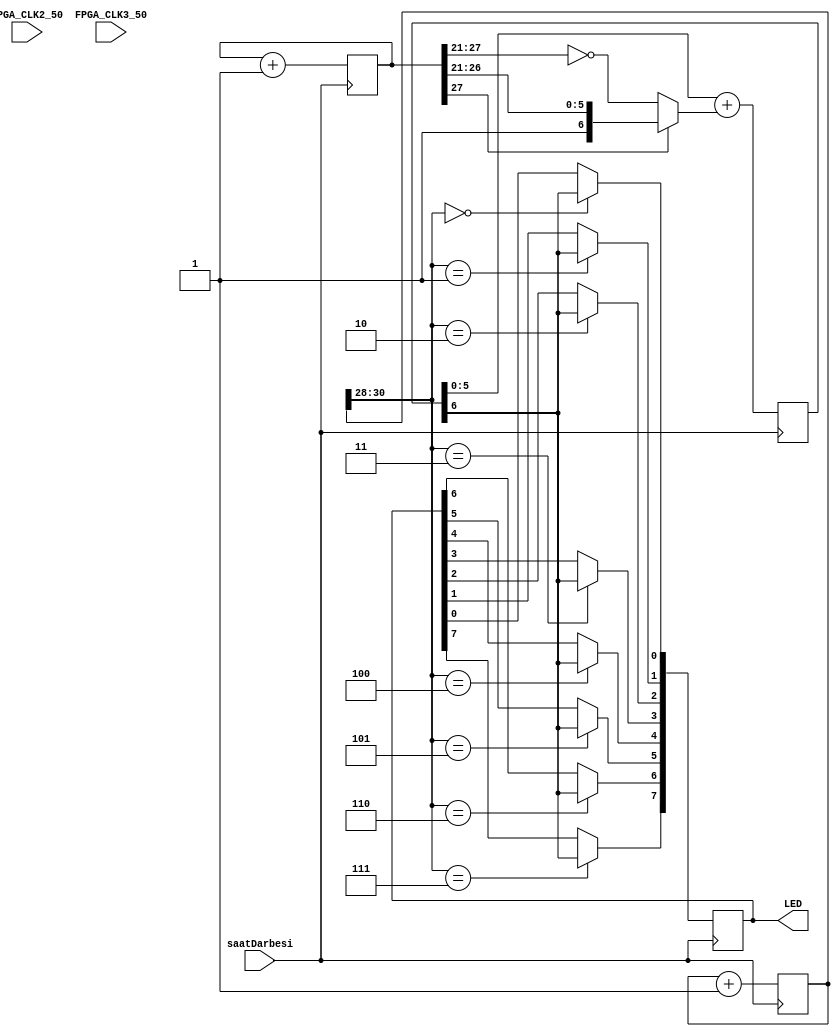
/*******************************************************************************
 * @dosya    PWM Sinyal retim Uygulamas
 * @yazar    Erkan L
 * @srm    V0.0.2
 * @tarih    18-Austos-2016
 * @zet     DE0_NANO_SOC PWM LED Uygulamas 
 * 
 * Bu rnek uygulamada, DE0_NANO_SOC kartn ile PWM Sinyalleri 
 * retilecek, bu sinyaller ile LED'in parlakl kontrol edilecektir. 
 ******************************************************************************
 *
 * Bu program zgr yazlmdr: zgr Yazlm Vakf tarafndan yaymlanan GNU 
 * Genel Kamu Lisansnn srm 3 ya da (isteinize bal olarak) daha sonraki
 * srmlerinin hkmleri altnda yeniden databilir ve/veya deitirebilirsiniz.
 *
 ******************************************************************************/
module LED_PWM_DE0_NANO_SOC(
// LED PWM DE0_NANO_SOC MODL TANIMI
//-------------Giri Portlar-----------------------------
	input saatDarbesi,	//saatDarbesi giri olarak tanmlanmtr
	input FPGA_CLK2_50,
	input FPGA_CLK3_50,
//-------------k Portlar Veri Tipleri------------------ 
// k portlar bellek eleman(reg-yazma) veya bir tel olabilir
	output reg		     [7:0]		LED
);
//-------------Parametre Tanmlamalar-------------------- 
parameter N=28;
//-------------k Portlar Veri Tipleri------------------ 
// k portlar bellek eleman(reg-yazma) veya bir tel olabilir
reg [N-1:0] sayac; //28 bit sayac deikeni tanmlamas
reg [30:0] sayac2; //31 bit sayac2 deikeni tanmlamas
//------------Kod Burada Balamaktadr------------------------- 
// Ana dng blou
// Bu saya ykselen kenar tetiklemeli olduundan,
// Bu blou saatin ykselen kenarna gre tetikleyeceiz.
always @(posedge saatDarbesi) 
begin
	sayac<=sayac+1;
end

always @(posedge saatDarbesi) 
begin
	sayac2<=sayac2+1;
end
// PWM sinyalinin aa ve yukar eiminin koullu operatrn kullanlmas ile retilmesi
wire [6:0] PWM_Giris = sayac[N-1] ? sayac[N-1:N-7] : ~sayac[N-1:N-7];    
reg [6:0] PWM;		//reg tipinde PWM 7 bitlik deiken vektrnn tanmlanmas
always @(posedge saatDarbesi) 
	begin
	PWM <= PWM[5:0]+PWM_Giris; 
	//PWM deikeni ile PWM giri deerinin toplanp gene PWM deikenine aktarlmas
	begin
	case(sayac2[30:28])		//sayac2 gre 0'dan, 7'ye PWM knn aktarlmas	
	 0: LED[0] <= PWM[6]; 	//PWM sinyalinin  0. LED kna tanmlanmas
	 1: LED[1] <= PWM[6]; 	//PWM sinyalinin  1. LED kna tanmlanmas
	 2: LED[2] <= PWM[6]; 	//PWM sinyalinin  2. LED kna tanmlanmas
	 3: LED[3] <= PWM[6]; 	//PWM sinyalinin  3. LED kna tanmlanmas
	 4: LED[4] <= PWM[6]; 	//PWM sinyalinin  4. LED kna tanmlanmas
	 5: LED[5] <= PWM[6]; 	//PWM sinyalinin  5. LED kna tanmlanmas
	 6: LED[6] <= PWM[6]; 	//PWM sinyalinin  6. LED kna tanmlanmas
	 7: LED[7] <= PWM[6]; 	//PWM sinyalinin  7. LED kna tanmlanmas
	 endcase
	end
end
endmodule